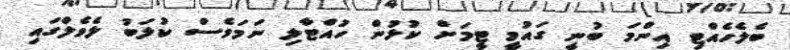
ބެލެހެއްޓި އިންމަ ބުނީ ގައުމީ ޓީމަށް ކުޅުން ހުއްޓާލި ނަމަވެސް ކުލަބު ލެވެލްގައި